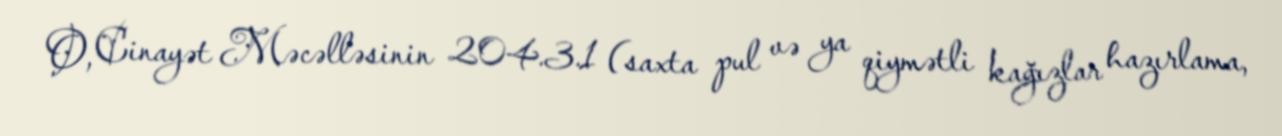
O, Cinayət Məcəlləsinin 204.3.1 (saxta pul və ya qiymətli kağızlar hazırlama,